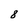
Character: 8